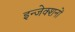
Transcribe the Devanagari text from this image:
इन्जेक्शनों